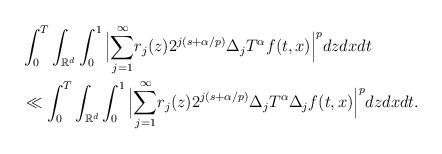
LaTeX: \begin{align*}&\int_{0}^{T} \int_{{\mathbb R}^d} \int_{0}^{1} \Big|{\sum_{j=1}^\infty} r_{j}(z) 2^{j(s+\alpha/p)} \Delta_{j}T^{\alpha}f(t,x)\Big|^{p} dzdxdt \\&\ll \int_{0}^{T} \int_{{\mathbb R}^d} \int_{0}^{1} \Big|{\sum_{j=1}^\infty} r_{j}(z) 2^{j(s+\alpha/p)} \Delta_{j}T^{\alpha}\Delta_{j}f(t,x)\Big|^{p} dzdxdt.\end{align*}